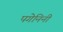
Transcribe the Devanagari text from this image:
पगेनिनी